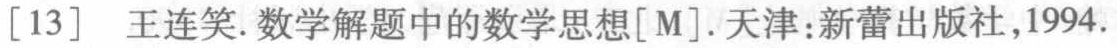
[13] 王连笑.数学解题中的数学思想[M].天津:新蕾出版社,1994.